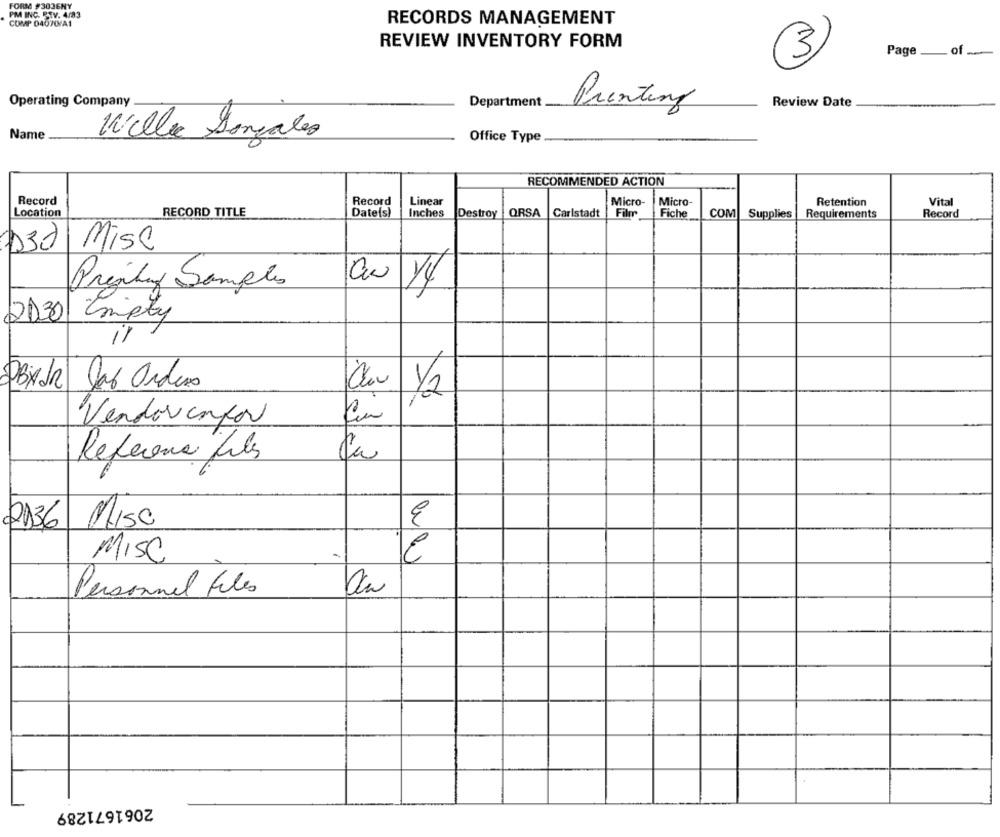
FORM #3036NY
PM INC. P.TV. 4/83
COMP 04070/A1
RECORDS MANAGEMENT
REVIEW INVENTORY FORM
Page ___ of ...
3
Operating Company
Department
Printing
Review Date
Name
Wille Gonzales
Office Type
RECOMMENDED ACTION
Record
Record
Linear
Micro-
Micro-
Retention
Vital
Location
RECORD TITLE
Date(s)
Inches
Destroy
ORSA
Carlstadt
Film
Fiche
COM
Supplies
Requirements
Record
D321
Mise
Prejity Samples
2130 nity
it
PBXdr Jab Orders
Olav 1/2
Vendor cafor
Referens Files
ca
2136
Misc
MISC
Personnel Files
2061671289